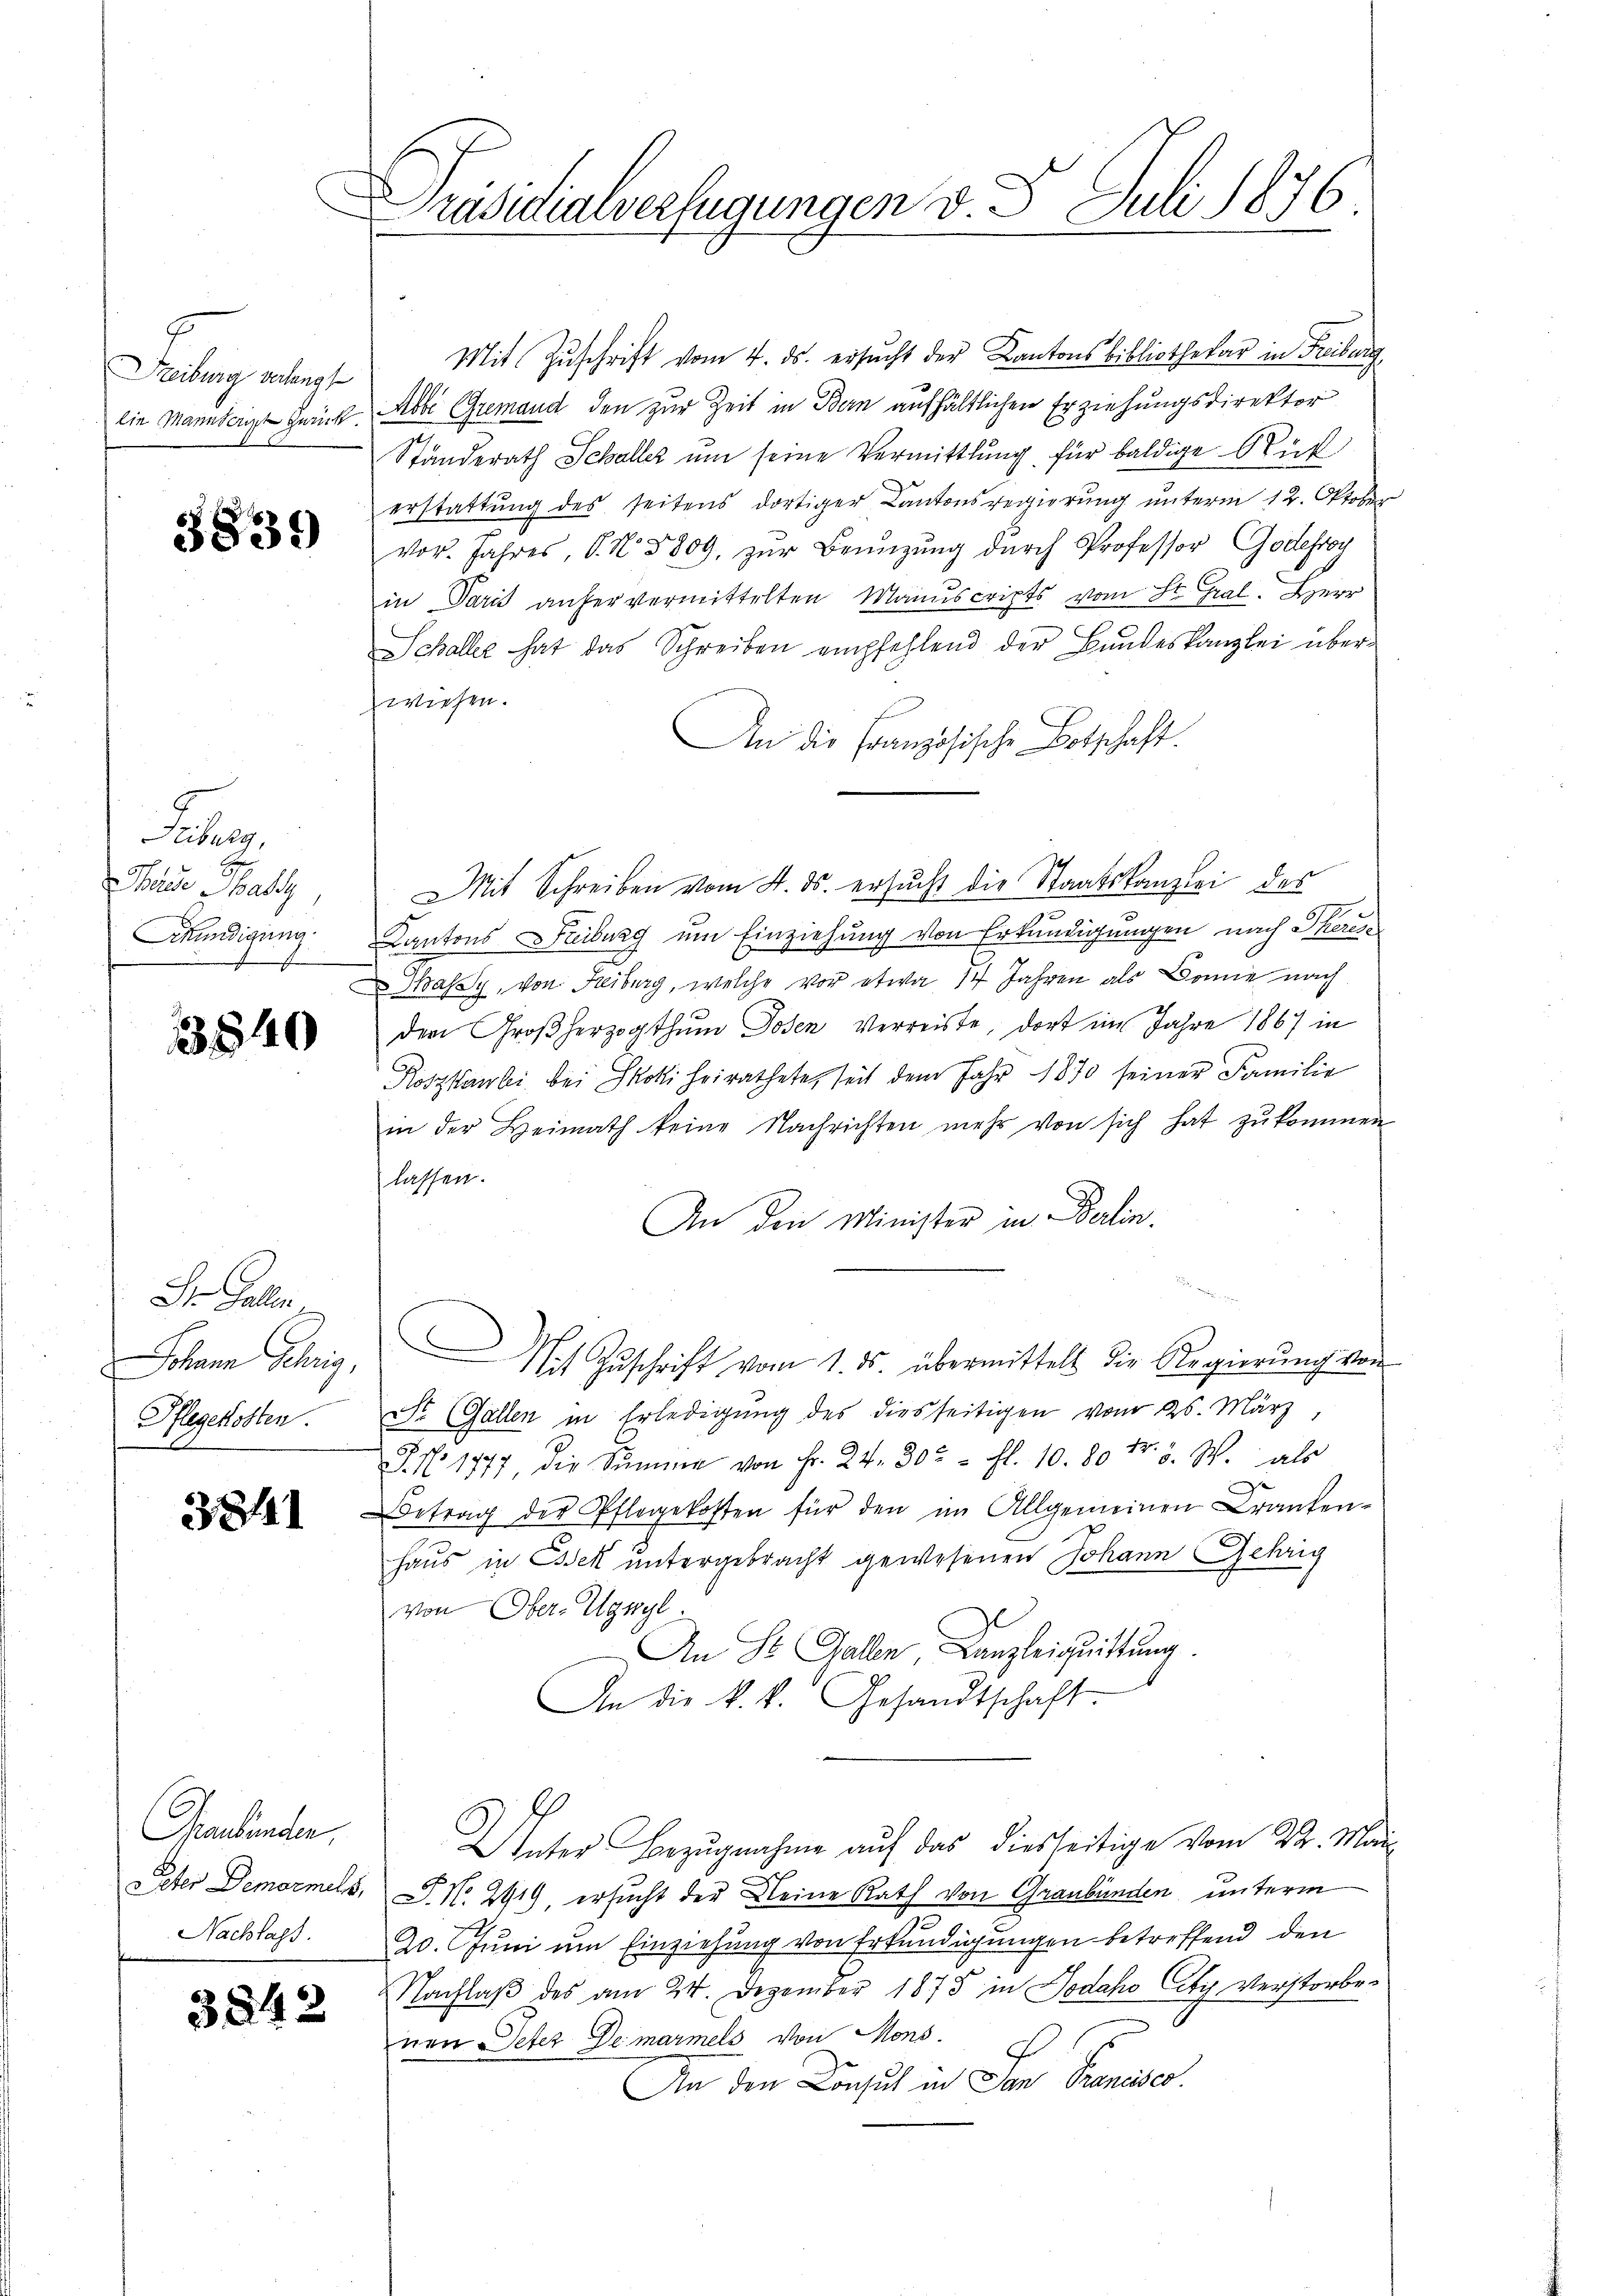
g
Treiburg verlangt
lie Mannterit zrück.

3839

J
Haide Malz
rkündigung

3840

S. Gallen
Johann Gehrig,
Pflegekosten.

3841

Graubender
Peter Demarmels,
Nachlags.

3842

Präsidialverfügungen v. 5. Juli 1876.

C

Mit Zŭschrift vom 4. ds. ersucht der Kantonsbibliothekar in Freiburg
Abbi Gremand den zur Zeit in Bern aufhältlichen Erziehungsdirektor
Ständerath Schaller um seine Vermittlung für baldige Rück
erstattŭng des seitens dortiger Cantonsregierŭng ŭnterm 12. Oktober
vor. Jahres, P. Nr. 5809, zŭr Benützŭng durch Professor Godefroy
in Paris anfer vermittelten Manuscripts vom St. Gral. Herr
Schaller hat das Schreiben empfehlend der Bundeskanzlei überwiesen.
An die Französische Botschaft.
Kantons Freiburg um Einziehung von Erkundigungen nach Thereassy, von Freiburg, welche vor etwa 14 Jahren als Bonne nach
dem Großherzogthum Josen Verreiste, dort im Jahre 1867 in
Koszkanbei bei Molli heirathete, seit dem Jahr 1870 seiner Familie
in der Heimath keine Nachrichten mehr von sich hat zŭkommen
lassen.
An den Minister in Berlin.
D Zŭschrift vom 1. ds. übermittels die Regierŭng von
Dr. Gallen in Erledigung des diesseitigen vom 25. März
J No. 1777, die Summe von Fr. 24. 30t - fl. 10. 80 Fr. 5. W. als
Betrag der Pflegekosten für den im Allgemeinen Kranken-
haus in Essek untergebracht gewesenen Johann Gehrig
von Ober-Ugnyl.
An St. Gallen Kanzleiguittung.
An die k. k. Gesandtschaft
Unter Bezugnahme auf das diesseitige vom 22. Mai
e
P. N. 2919, ersucht der Kleine Rath von Graubünden unterm
20. Juni um Einziehung von Erkundigungen betreffend den
Nachlaß des am 24. Dezember 1875 in Jodaho Cty Verstorbenen Peter Demarmels von Mons
An den Consul in San Francier.

Mit Schreiben vom 4. ds. ersŭcht die Staatskanzlei des